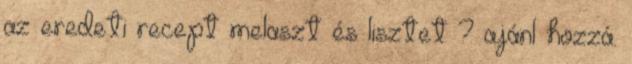
az eredeti recept melaszt és lisztet ? ajánl hozzá.